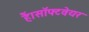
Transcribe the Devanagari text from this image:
हैं।सॉफ्टवेयर